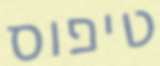
טיפוס